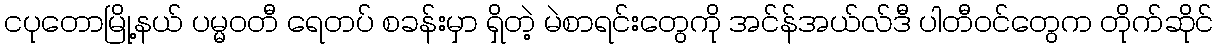
ငပုတောမြို့နယ် ပမ္မဝတီ ရေတပ် စခန်းမှာ ရှိတဲ့ မဲစာရင်းတွေကို အင်န်အယ်လ်ဒီ ပါတီဝင်တွေက တိုက်ဆိုင်